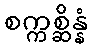
စက္ကစ္ဆိန္နံ